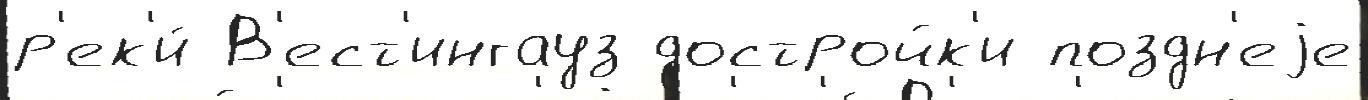
р'ек'и́ В'ест'ингауз достройк'и поздн'еjе